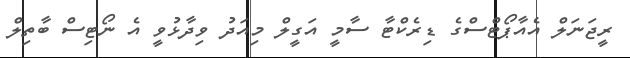
ރީޖަނަލް އެއާޕޯޓްސްގެ ޑިރެކްޓާ ސާމީ އަގީލް މިއަދު ވިދާޅުވީ އެ ނޯޓިސް ބާތިލް